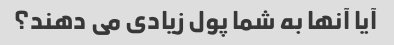
آیا آنها به شما پول زیادی می دهند؟